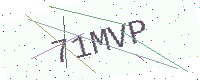
Text: 71MVP